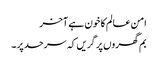
امن عالم کا خون ہے آخر
بم گھروں پر گریں کہ سرحد پر ۔